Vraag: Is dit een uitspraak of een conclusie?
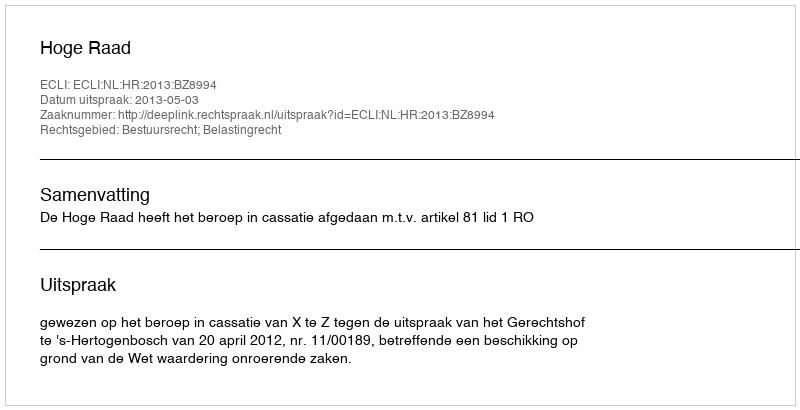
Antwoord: Uitspraak